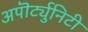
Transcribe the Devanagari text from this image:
अपॊर्ट्युनिटी